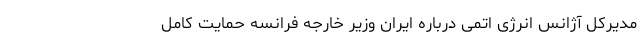
مدیرکل آژانس انرژی اتمی درباره ایران وزیر خارجه فرانسه حمایت کامل